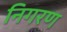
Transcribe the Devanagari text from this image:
निगरण